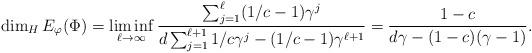
LaTeX: \begin{align*}\dim_H E_\varphi(\Phi) = \liminf_{\ell\to\infty} \frac {\sum_{j=1}^\ell (1/c-1)\gamma^j }{d\sum_{j=1}^{\ell+1} 1/c \gamma^j - (1/c-1)\gamma^{\ell+1}} = \frac {1-c}{d\gamma - (1-c)(\gamma-1)}.\end{align*}